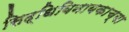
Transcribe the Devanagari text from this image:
सिद्धिविनायकाच्या